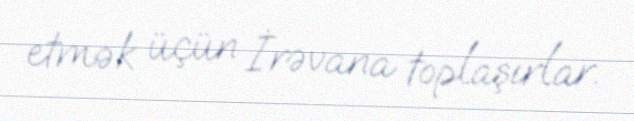
etmək üçün İrəvana toplaşırlar.